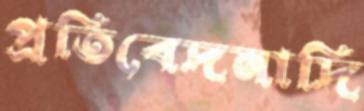
প্রতিবেদনাদি